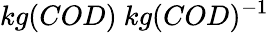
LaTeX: kg(COD)\ kg(COD)^{-1}